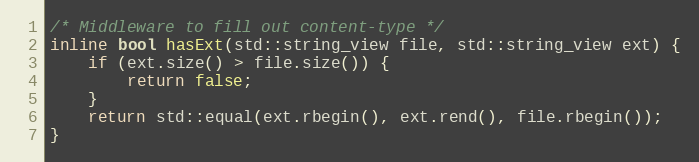
Language: C
/* Middleware to fill out content-type */
inline bool hasExt(std::string_view file, std::string_view ext) {
    if (ext.size() > file.size()) {
        return false;
    }
    return std::equal(ext.rbegin(), ext.rend(), file.rbegin());
}